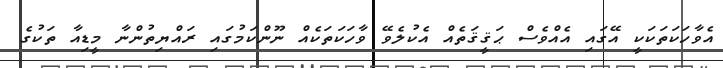
އެވާހަކަތަކަކީ އޭގައި އެއްވެސް ޙަޤީޤަތެއް އެކުލެވޭ ވާހަކަތަކެއް ނޫންކަމުގައި ރައްޔިތުންނާ މީޑިއާ ތަކުގެ